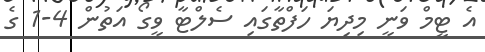
އެ ޓީމް ވަނީ މިދިޔަ ހަފްތާގައި ސެލްޓާ ވީގޯ އަތުން 4-1 ގެ